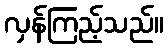
လှန်ကြည့်သည်။